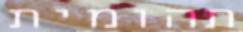
תהומית